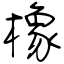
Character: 橡